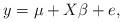
LaTeX: \begin{align*}y=\mu + X\beta+e,\end{align*}